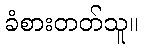
ခံစားတတ်သူ။